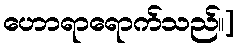
ဟောရာရောက်သည်။]